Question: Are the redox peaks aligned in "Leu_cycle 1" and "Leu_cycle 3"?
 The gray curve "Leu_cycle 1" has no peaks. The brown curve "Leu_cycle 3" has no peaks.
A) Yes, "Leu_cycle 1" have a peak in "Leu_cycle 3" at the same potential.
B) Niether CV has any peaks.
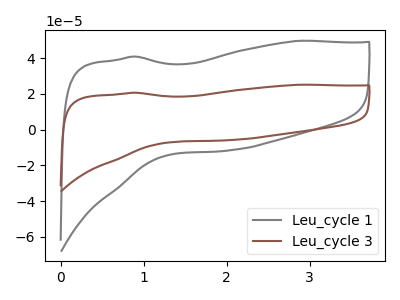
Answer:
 <answer>B) Niether CV has any peaks.</answer>
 <eval>B</eval>